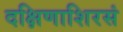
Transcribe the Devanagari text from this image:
दक्षिणाशिरसं